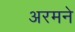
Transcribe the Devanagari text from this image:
अरमने